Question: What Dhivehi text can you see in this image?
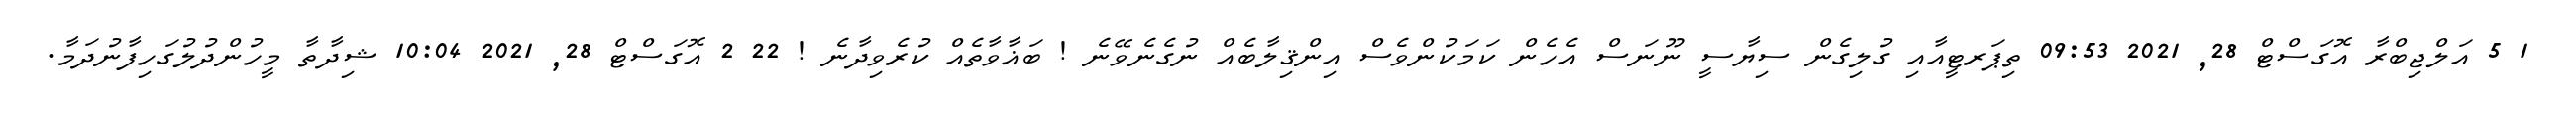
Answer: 1 5 އަލްޖިބްރާ އޮގަސްޓް 28, 2021 09:53 ތިޕަރޓީއާއި ގުލިގެން ސިޔާސީ ނޫނަސް އެހެން ކަމަކުންވެސް އިންޤިލާބެއް ނުގެނެވޭނެ ! ބަޣާވާތެއް ކުރެވިދާނެ ! 22 2 އޮގަސްޓް 28, 2021 10:04 ޝިދާތާ މީހުންދުލުގަހިފާނުދަމާ.